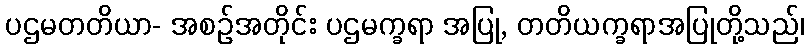
ပဌမတတိယာ- အစဉ်အတိုင်း ပဌမက္ခရာ အပြု, တတိယက္ခရာအပြုတို့သည်၊